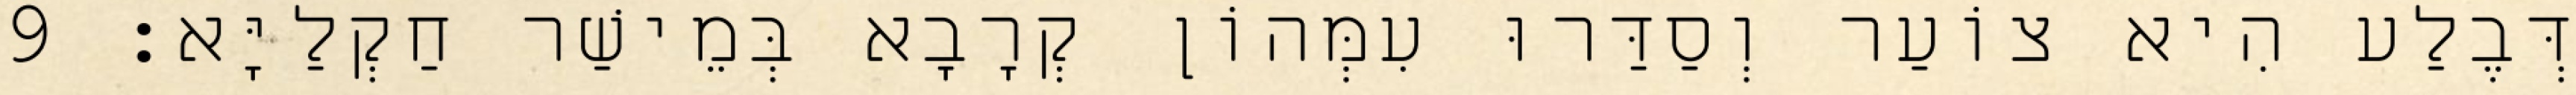
דְּבֶלַע הִיא צוֹעַר וְסַדַּרוּ עִמְּהוֹן קְרָבָא בְּמֵישַׁר חַקְלַיָּא׃ 9